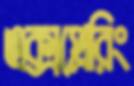
এক্সপ্লেরিং